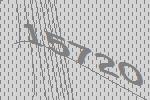
15720